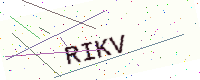
Text: RIKV